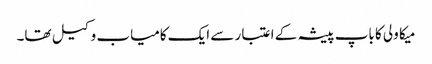
میکا ولی کا باپ پیشہ کے اعتبار سے ایک کامیاب وکیل تھا۔